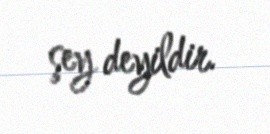
şey deyildir.